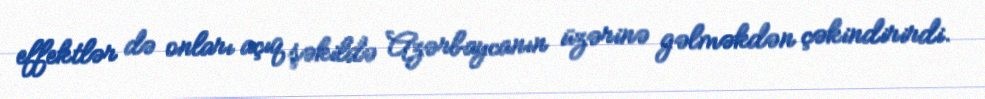
effektlər də onları açıq şəkildə Azərbaycanın üzərinə gəlməkdən çəkindirirdi.